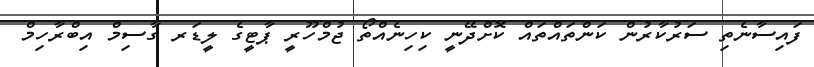
ފައިސާނެތި ސަރުކާރުން ކަންތައްތައް ކޮށްދޭނީ ކިހިނެއްތޯ ޖުމްހޫރީ ޕާޓީގެ ލީޑަރ ގާސިމް އިބްރާހިމް